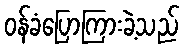
ဝန်ခံပြောကြားခဲ့သည်